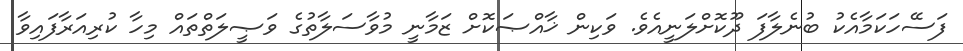
ފަސޭހަކަމާއެކު ބުނެލާފަ ދޫކޮށްލަނީއެވެ. ވަކިން ޚާއްޞަކޮށް ޒަމާނީ މުވާސަލާތުގެ ވަޞީލަތްތައް މިހާ ކުރިއަރާފައިވާ